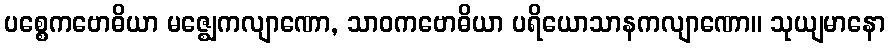
ပစ္စေကဗောဓိယာ မဇ္ဈေကလျာဏော, သာဝကဗောဓိယာ ပရိယောသာနကလျာဏော။ သုယျမာနော